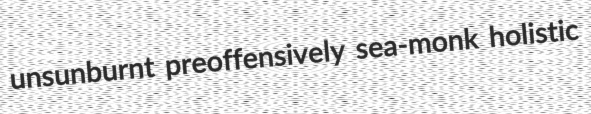
unsunburnt preoffensively sea-monk holistic